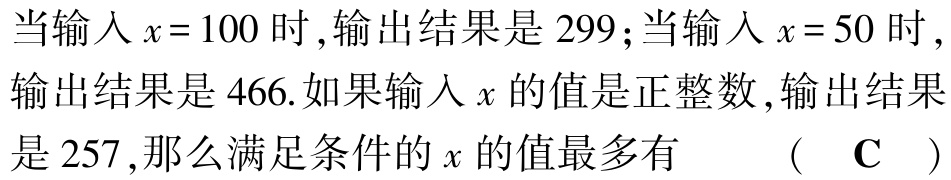
当输入$x = 100$时 , 输出结果是$299$; 当输入$x = 50$时 , 输出结果是$466$. 如果输入$x$的值是正整数 , 输出结果是$257$, 那么满足条件的$x$的值最多有  （ C ）